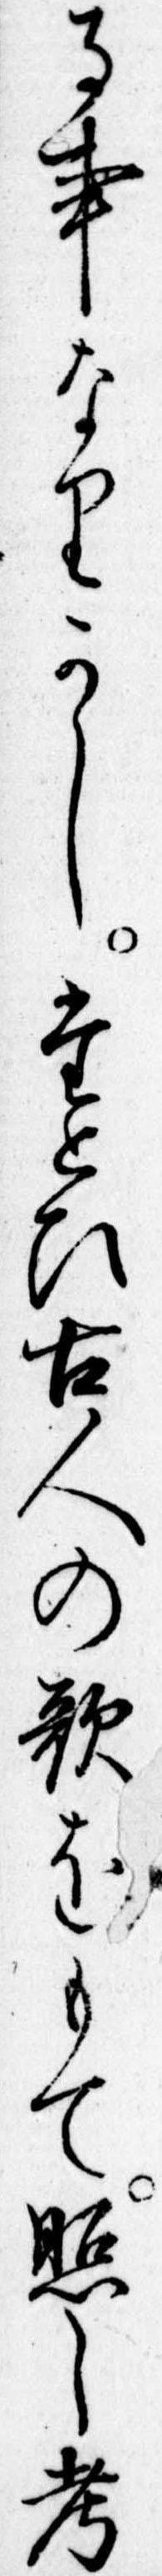
る事なりかしたとひ古人の歌をもて照し考